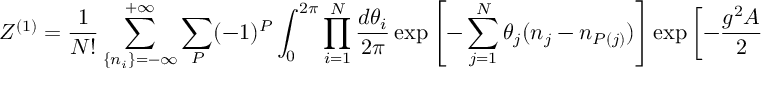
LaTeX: { \cal Z } ^ { ( 1 ) } = \frac { 1 } { N ! } \sum _ { \{ n _ { i } \} = - \infty } ^ { + \infty } \sum _ { P } ( - 1 ) ^ { P } \int _ { 0 } ^ { 2 \pi } \prod _ { i = 1 } ^ { N } \frac { d \theta _ { i } } { 2 \pi } \exp \left[ - \sum _ { j = 1 } ^ { N } \theta _ { j } ( n _ { j } - n _ { P ( j ) } ) \right] \exp \left[ - { \frac { g ^ { 2 } A } { 2 } } C _ { 2 } ( n _ { 1 } , . . , n _ { N } ) \right] ,